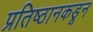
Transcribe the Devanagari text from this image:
प्रतिष्ठानकडून